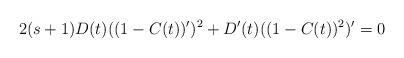
LaTeX: \begin{align*}2(s+1)D(t)((1-C(t))')^2 + D'(t)((1-C(t))^2)' = 0\end{align*}